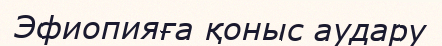
Эфиопияға қоныс аудару